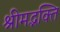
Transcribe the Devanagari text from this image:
श्रीमद्भक्ति